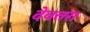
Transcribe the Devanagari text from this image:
देवतरा